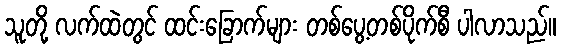
သူတို့ လက်ထဲတွင် ထင်းခြောက်များ တစ်ပွေ့တစ်ပိုက်စီ ပါလာသည်။